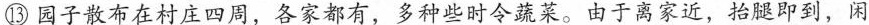
⑬园子散布在村庄四周，各家都有，多种些时令蔬菜。由于离家近，抬腿即到，闲